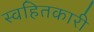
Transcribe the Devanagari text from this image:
स्वहितकारी